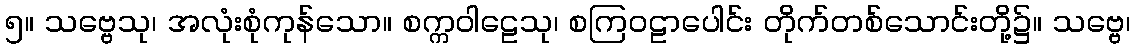
၅။ သဗ္ဗေသု၊ အလုံးစုံကုန်သော။ စက္ကဝါဠေသု၊ စကြဝဠာပေါင်း တိုက်တစ်သောင်းတို့၌။ သဗ္ဗေ၊